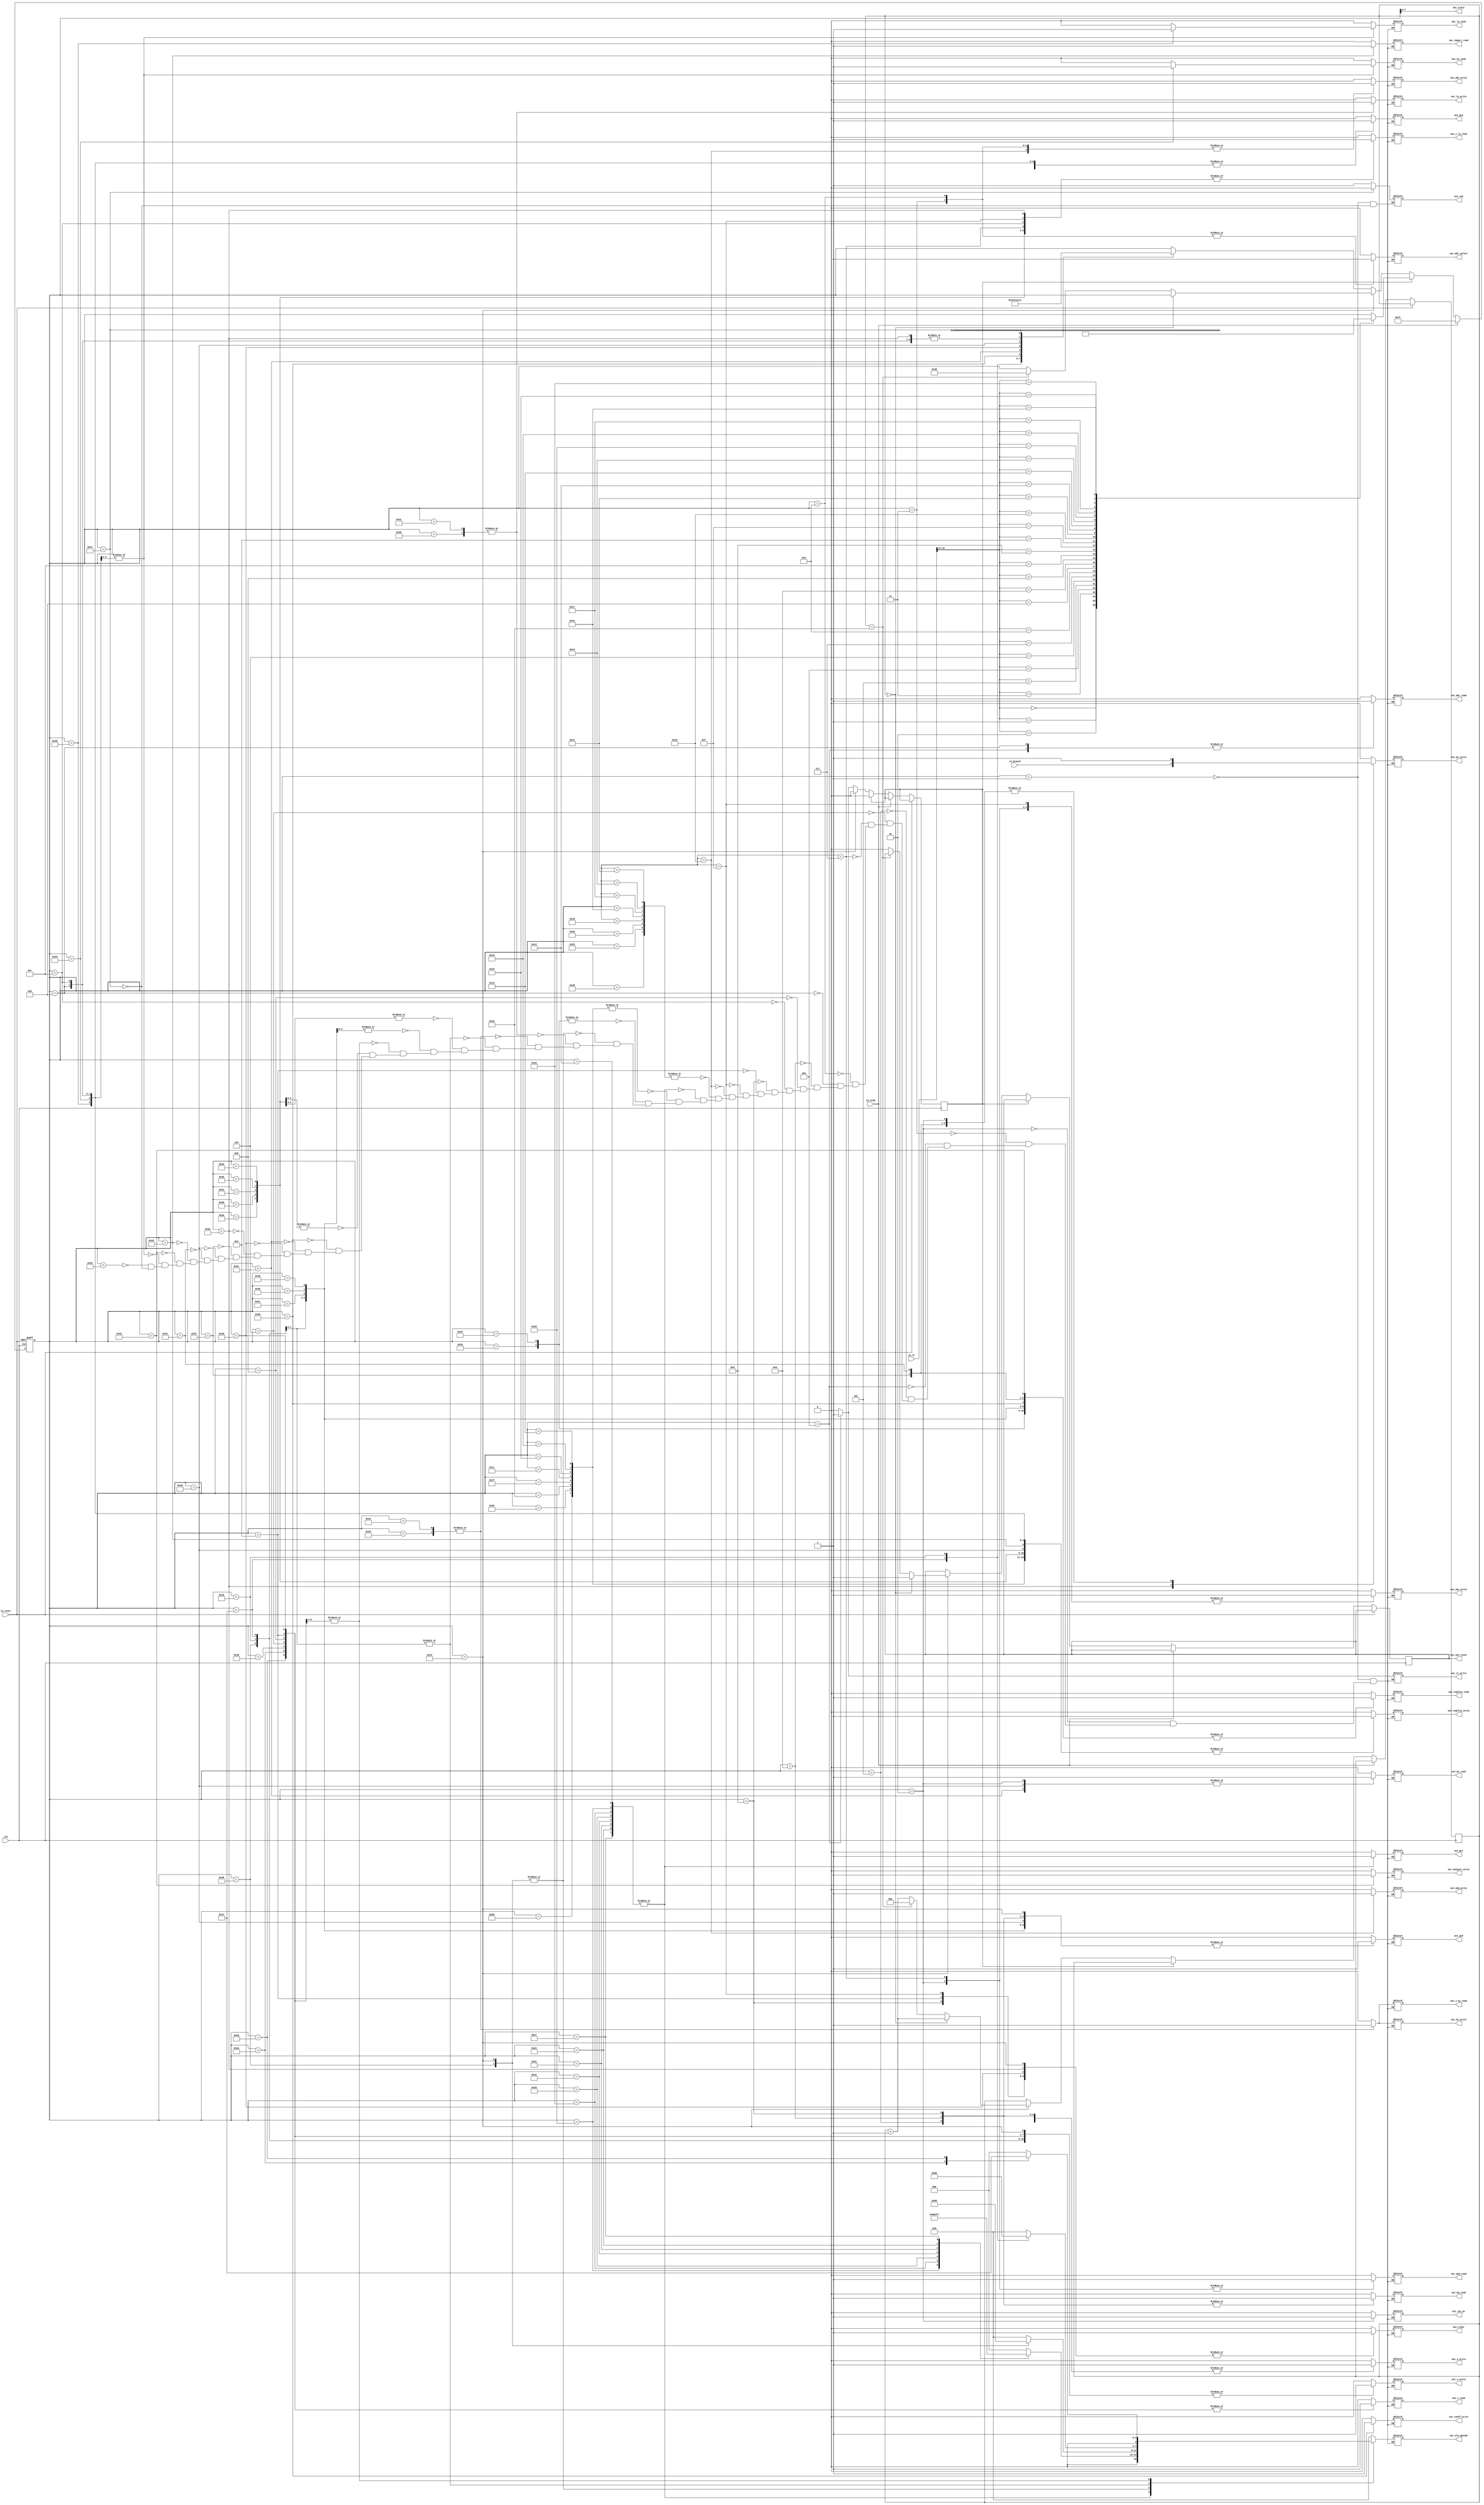
module control_unit (input clk,
	input in_reset,
	input in_stop,
	input [31:0] in_ir,
	input in_branch,
	output reg out_run, // If the machine is running
	output reg out_clear,  // Global register clear
	// Select Encode Signals
	output reg out_gra,
	output reg out_grb,
	output reg out_grc,
	output reg out_ba_read,
	// Write Signals
	output reg out_regfile_write,
	output reg out_hi_write,
	output reg out_lo_write,
	output reg out_z_write,
	output reg out_pc_write,
	output reg out_mdr_write,
	output reg out_ir_write,
	output reg out_y_write,
	output reg out_mar_write,
	output reg out_mem_write,
	output reg out_outport_write,
	output reg out_conff_write,
	// Read Signals
	output reg out_hi_read,
	output reg out_lo_read,
	output reg out_z_lo_read,
	output reg out_z_hi_read,
	output reg out_regfile_read,
	output reg out_pc_read,
	output reg out_mdr_read,
	output reg out_inport_read,
	output reg out_c_read,
	output reg out_mem_read,
	// ALU Signals
	output reg [3:0] out_alu_opcode,
	output reg out_div_reset,
	// Memory Signals
	output reg out_mdr_select,
	// PC Signals
	output reg out_inc_pc,
	output [7:0] out_state);
	
	parameter reset = 32'd1, fetch0 = 32'd2, fetch1 = 32'd3, fetch2 = 32'd4,
	load3 = 32'd5, load4 = 32'd6, load5 = 32'd7, load6 = 32'd8, load7 = 32'd9,
	loadi3 = 32'd10, loadi4 = 32'd11, loadi5 = 32'd12,
	store3 = 32'd13, store4 = 32'd14, store5 = 32'd15, store6 = 32'd16,
	add3 = 32'd17, add4 = 32'd18, add5 = 32'd19,
	sub3 = 32'd20, sub4 = 32'd21, sub5 = 32'd22,
	shr3 = 32'd23, shr4 = 32'd24, shr5 = 32'd25,
	shl3 = 32'd26, shl4 = 32'd27, shl5 = 32'd28,
	ror3 = 32'd29, ror4 = 32'd30, ror5 = 32'd31,
	rol3 = 32'd32, rol4 = 32'd33, rol5 = 32'd34,
	and3 = 32'd35, and4 = 32'd36, and5 = 32'd37,
	or3 = 32'd38, or4 = 32'd39, or5 = 32'd40,
	andi3 = 32'd41, andi4 = 32'd42, andi5 = 32'd43,
	ori3 = 32'd44, ori4 = 32'd45, ori5 = 32'd46,
	mul3 = 32'd47, mul4 = 32'd48, mul5 = 32'd49, mul6 = 32'd50,
	div3 = 32'd51, div4 = 32'd52, div5 = 32'd53, div6 = 32'd54,
	neg3 = 32'd55, neg4 = 32'd56,
	not3 = 32'd57, not4 = 32'd58,
	branch3 = 32'd59, branch4 = 32'd60, branch5 = 32'd61, branch6 = 32'd62,
	jr3 = 32'd63,
	jal3 = 32'd64, jal4 = 32'd65,
	in3 = 32'd66,
	out3 = 32'd67,
	mfhi3 = 32'd68,
	mflo3 = 32'd69,
	nop3 = 32'd70,
	halt3 = 32'd71,
	addi3 = 32'd72, addi4 = 32'd73, addi5 = 32'd74; 
	
	reg [31:0] state = reset;
	reg fetch_buffer = 0;
	reg [7:0] div_counter = 0;
	
	assign out_state = state[7:0];
	
	task set_signals();
		begin
			out_clear <= 1; // Make sure registers are not being cleared
			out_gra <= 0;
			out_grb <= 0;
			out_grc <= 0;
			out_ba_read <= 0;
			out_regfile_write <= 0;
			out_hi_write <= 0;
			out_lo_write <= 0;
			out_z_write <= 0;
			out_pc_write <= 0;
			out_mdr_write <= 0;
			out_ir_write <= 0;
			out_y_write <= 0;
			out_mem_write <= 0;
			out_outport_write <= 0;
			out_conff_write <= 0;
			out_hi_read <= 0;
			out_lo_read <= 0;
			out_z_lo_read <= 0;
			out_z_hi_read <= 0;
			out_regfile_read <= 0;
			out_mdr_read <= 0;
			out_inport_read <= 0;
			out_c_read <= 0;
			out_alu_opcode <= 4'b0000;
			out_mdr_select <= 0;
			out_pc_read <= 0;
			out_mar_write <= 0;
			out_inc_pc <= 0;
			out_pc_write <= 0;
			out_mem_read <= 0;
		end
	endtask
	
	always @(posedge clk, posedge in_reset) begin
		if (in_reset) begin
			state = reset;
		end else if (in_stop) begin
			state = halt3;
		end else if (fetch_buffer) begin
			case(in_ir[31:27])
				5'b00000 : state = load3; // Load
				5'b00001 : state = loadi3; // Load Immediate
				5'b00010 : state = store3; // Store
				5'b00011 : state = add3; // Add
				5'b00100 : state = sub3; // Sub
				5'b00101 : state = shr3; // Shift Right
				5'b00110 : state = shl3; // Shift Left
				5'b00111 : state = ror3; // Rotate Right
				5'b01000 : state = rol3; // Rotate Left
				5'b01001 : state = and3; // And
				5'b01010 : state = or3; // Or
				5'b01011 : state = addi3; // Add Immediate
				5'b01100 : state = andi3; // And Immediate
				5'b01101 : state = ori3; // Or Immediate
				5'b01110 : state = mul3; // Multiply
				5'b01111 : state = div3; // Divide
				5'b10000 : state = neg3; // Negate
				5'b10001 : state = not3; // Not
				5'b10010 : state = branch3; // Branch
				5'b10011 : state = jr3; // Jump Return
				5'b10100 : state = jal3; // Jump Link
				5'b10101 : state = in3; // Input
				5'b10110 : state = out3; // Output
				5'b10111 : state = mfhi3; // Move from HI
				5'b11000 : state = mflo3; // Move from LO
				5'b11001 : state = nop3; // NOP
				5'b11010 : state = halt3; // Halt
			endcase
			
			fetch_buffer = 0;
		end else if (state == div4) begin
			if(div_counter == 0) begin
				out_div_reset = 1;
				div_counter = div_counter + 1;
			end else if (div_counter == 34) begin
				div_counter = 0;
				state = div5;
			end else begin
				out_div_reset = 0;
				div_counter = div_counter + 1;
			end
			
		end
		else begin
			case(state)
				reset : state = fetch0;
				fetch0 : state = fetch1;
				fetch1 : state = fetch2;
				fetch2 : fetch_buffer = 1;
				load3 : state = load4;
				load4 : state = load5;
				load5 : state = load6;
				load6 : state = load7;
				load7 : state = fetch0;
				
				loadi3 : state = loadi4;
				loadi4 : state = loadi5;
				loadi5 : state = fetch0;
				
				store3 : state = store4;
				store4 : state = store5;
				store5 : state = store6;
				store6 : state = fetch0;
				
				add3 : state = add4;
				add4 : state = add5;
				add5 : state = fetch0;
				
				sub3 : state = sub4;
				sub4 : state = sub5;
				sub5 : state = fetch0;
				
				shr3 : state = shr4;
				shr4 : state = shr5;
				shr5 : state = fetch0;
				
				shl3 : state = shl4;
				shl4 : state = shl5;
				shl5 : state = fetch0;
				
				ror3 : state = ror4;
				ror4 : state = ror5;
				ror5 : state = fetch0;
				
				rol3 : state = rol4;
				rol4 : state = rol5;
				rol5 : state = fetch0;
				
				and3 : state = and4;
				and4 : state = and5;
				and5 : state = fetch0;
				
				or3 : state = or4;
				or4 : state = or5;
				or5 : state=  fetch0;
				
				addi3 : state = addi4;
				addi4 : state = addi5;
				addi5 : state = fetch0;
				
				andi3 : state = andi4;
				andi4 : state = andi5;
				andi5 : state = fetch0;
				
				ori3 : state = ori4;
				ori4 : state = ori5;
				ori5 : state = fetch0;
				
				mul3 : state = mul4;
				mul4 : state = mul5;
				mul5 : state = mul6;
				mul6 : state = fetch0;
				
				div3 : state = div4;
				div5 : state = div6;
				div6 : state = fetch0;
				
				neg3 : state = neg4;
				neg4 : state = fetch0;
				
				not3 : state = not4;
				not4 : state = fetch0;
				
				branch3 : state = branch4;
				branch4 : state = branch5;
				branch5 : state = branch6;
				branch6 : state = fetch0;
				
				jr3 : state = fetch0;
				
				jal3 : state = jal4;
				jal4 : state = fetch0;
				
				in3 : state = fetch0;
				
				out3 : state = fetch0;
				
				mfhi3 : state = fetch0;
				
				mflo3 : state = fetch0;
				
				nop3 : state = fetch0;
				
				halt3 : state = halt3;
			endcase
		end
	end
	
	always @(state) begin
		case(state)
			reset : begin
				out_run <= 1;
				out_clear <= 0;
				out_gra <= 0;
				out_grb <= 0;
				out_grc <= 0;
				out_ba_read <= 0;
				out_regfile_write <= 0;
				out_hi_write <= 0;
				out_lo_write <= 0;
				out_z_write <= 0;
				out_pc_write <= 0;
				out_mdr_write <= 0;
				out_ir_write <= 0;
				out_y_write <= 0;
				out_mar_write <= 0;
				out_mem_write <= 0;
				out_outport_write <= 0;
				out_conff_write <= 0;
				out_hi_read <= 0;
				out_lo_read <= 0;
				out_z_lo_read <= 0;
				out_z_hi_read <= 0;
				out_regfile_read <= 0;
				out_pc_read <= 0;
				out_mdr_read <= 0;
				out_inport_read <= 0;
				out_c_read <= 0;
				out_mem_read <= 0;
				out_alu_opcode <= 4'b0000;
				out_mdr_select <= 0;
				out_inc_pc <= 0;
			end
			fetch0 : begin
				set_signals();
				
				out_pc_read <= 1;
				out_mar_write <= 1;
				out_inc_pc <= 1;
				out_pc_write <= 1;
				out_mem_read <= 1;
			end
			fetch1 : begin
				set_signals();
				
				out_mdr_write <= 1;
				out_mdr_select <= 1;
			end
			fetch2 : begin
				set_signals();
				
				out_mdr_read <= 1;
				out_ir_write <= 1;
			end
			load3 : begin
				set_signals();
				
				out_grb <= 1;
				out_ba_read <= 1;
				out_y_write <= 1;
			end
			load4 : begin
				set_signals();
				
				out_c_read <= 1;
				out_alu_opcode <= 4'b0000;
				out_z_write <= 1;
			end
			load5 : begin
				set_signals();
				
				out_z_lo_read <= 1;
				out_mar_write <= 1;
				out_mem_read <= 1;
			end
			load6 : begin
				set_signals();
				
				out_mdr_write <= 1;
				out_mdr_select <= 1;
			end
			load7 : begin
				set_signals();
				
				out_gra <= 1;
				out_regfile_write <= 1;
				out_mdr_read <= 1;
			end
			loadi3 : begin
				set_signals();
				
				out_grb <= 1;
				out_ba_read <= 1;
				out_y_write <= 1;
			end
			loadi4 : begin
				set_signals();
				
				out_c_read <= 1;
				out_alu_opcode <= 4'b0000;
				out_z_write <= 1;
			end
			loadi5 : begin
				set_signals();
				
				out_z_lo_read <= 1;
				out_gra <= 1;
				out_regfile_write <= 1;
			end
			store3 : begin
				set_signals();
				
				out_grb <= 1;
				out_ba_read <= 1;
				out_y_write <= 1;
			end
			store4 : begin
				set_signals();
				
				out_c_read <= 1;
				out_alu_opcode <= 4'b0000;
				out_z_write <= 1;
			end
			store5 : begin
				set_signals();
				
				out_z_lo_read <= 1;
				out_mar_write <= 1;
			end
			store6 : begin
				set_signals();
				
				out_gra <= 1;
				out_regfile_read <= 1;
				out_mdr_write <= 1;
				out_mdr_select <= 0;
				out_mem_write <= 1;
			end
			add3, sub3, shr3, shl3, ror3, rol3, and3, or3 : begin
				set_signals();
				
				out_grb <= 1;
				out_regfile_read <= 1;
				out_y_write <= 1;
			end
			add4, sub4, shr4, shl4, ror4, rol4, and4, or4 : begin
				set_signals();
				
				out_regfile_read <= 1;
				out_grc <= 1;
				out_z_write <= 1;
				
				case(state)
					add4 : out_alu_opcode <= 4'b0000;
					sub4 : out_alu_opcode <= 4'b0001;
					shr4 : out_alu_opcode <= 4'b0100;
					shl4 : out_alu_opcode <= 4'b0101;
					ror4 : out_alu_opcode <= 4'b0010;
					rol4 : out_alu_opcode <= 4'b0011;
					and4 : out_alu_opcode <= 4'b0110;
					or4 : out_alu_opcode <= 4'b0111;
				endcase
			end
			add5, sub5, shr5, shl5, ror5, rol5, and5, or5  : begin
				set_signals();
				
				out_z_lo_read <= 1;
				out_regfile_write <= 1;
				out_gra <= 1;
			end
			mul3, div3 : begin
				set_signals();
				
				out_regfile_read <= 1;
				out_gra <= 1;
				out_y_write <= 1;
			end
			mul4, div4 : begin
				set_signals();
				
				out_grb <= 1;
				out_z_write <= 1;
				
				case(state)
					mul4 : out_alu_opcode <= 4'b1000;
					div4 : out_alu_opcode <= 4'b1001;
				endcase
			end
			mul5, div5 : begin
				set_signals();
				
				out_z_lo_read <= 1;
				out_lo_write <= 1;
			end
			mul6, div6 : begin
				set_signals();
				
				out_z_hi_read <= 1;
				out_hi_write <= 1;
			end
			neg3, not3 : begin
				set_signals();
				
				out_regfile_read <= 1;
				out_grb <= 1;
				out_z_write <= 1;
				
				case(state)
					neg3 : out_alu_opcode <= 4'b1010;
					not3 : out_alu_opcode <= 4'b1011;
				endcase
			end
			neg4, not4 : begin
				set_signals();
				
				out_z_lo_read <= 1;
				out_gra <= 1;
				out_regfile_write <= 1;
			end
			addi3, andi3, ori3 : begin
				set_signals();
				
				out_grb <= 1;
				out_regfile_read <= 1;
				out_y_write <= 1;
			end
			addi4, andi4, ori4 : begin
				set_signals();
				
				out_c_read <= 1;
				out_z_write <= 1;
				
				case(state)
					addi4 : out_alu_opcode <= 4'b0000;
					andi4 : out_alu_opcode <= 4'b0110;
					ori4 : out_alu_opcode <= 4'b0111;
				endcase
			end
			addi5, andi5, ori5 : begin
				set_signals();
				
				out_z_lo_read <= 1;
				out_gra <= 1;
				out_regfile_write <= 1;
			end
			branch3 : begin
				set_signals();
				
				out_gra <= 1;
				out_regfile_read <= 1;
				out_conff_write <= 1;
			end
			branch4 : begin
				set_signals();
				
				out_pc_read <= 1;
				out_y_write <= 1;
			end
			branch5 : begin
				set_signals();
				
				out_c_read <= 1;
				out_alu_opcode <= 4'b0000;
				out_z_write <= 1;
			end
			branch6 : begin
				set_signals();
				
				out_z_lo_read <= 1;
				out_pc_write <= in_branch;
			end
			jr3 : begin
				set_signals();
				
				out_gra <= 1;
				out_regfile_read <= 1;
				out_pc_write <= 1;
			end
			jal3 : begin
				set_signals();
				
				out_pc_read <= 1;
				out_regfile_write <= 1;
				out_grb <= 1;
			end
			jal4 : begin
				set_signals();
				
				out_gra <= 1;
				out_regfile_read <= 1;
				out_pc_write <= 1;
			end
			in3 : begin
				set_signals();
				
				out_gra <= 1;
				out_inport_read <= 1;
				out_regfile_write <= 1;
			end
			out3 : begin
				set_signals();
				
				out_gra <= 1;
				out_outport_write <= 1;
				out_regfile_read <= 1;
			end
			mfhi3, mflo3 : begin
				set_signals();
				
				out_gra <= 1;
				out_regfile_write <= 1;
				
				case(state)
					mflo3 : out_lo_read <= 1;
					mfhi3 : out_hi_read <= 1;
				endcase
			end
			nop3 : begin
				set_signals();
			end
			halt3 : begin
				set_signals();
				out_run <= 0;
			end
		endcase
	end
endmodule